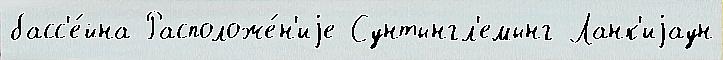
басс'е́йна Расположе́н'иjе Сунтынгл'емынг Ланк'иjаун